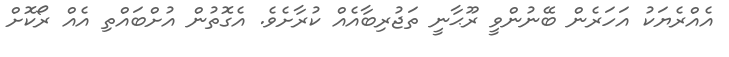
އެއްރެޔަކު އަހަރެން ބޭނުންވީ ރޫޙާނީ ތަޖުރިބާއެއް ކުރާށެވެ. އެގޮތުން އުށްބައްތި އެއް ރޯކޮށް